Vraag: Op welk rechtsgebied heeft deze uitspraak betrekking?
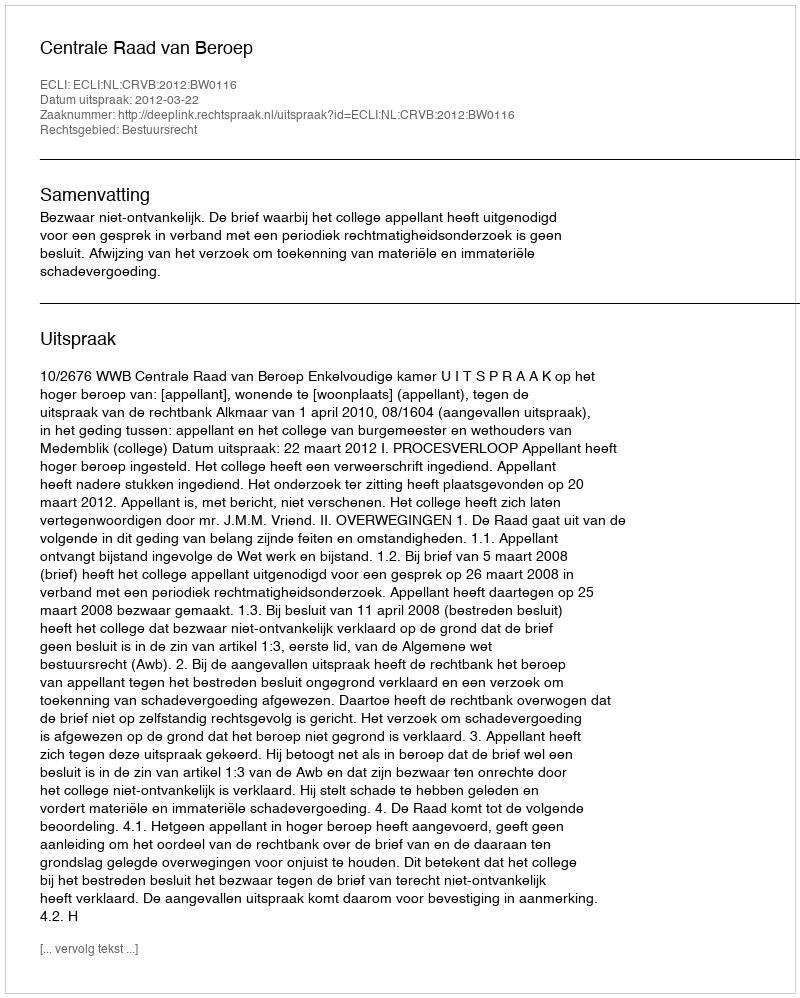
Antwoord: Bestuursrecht